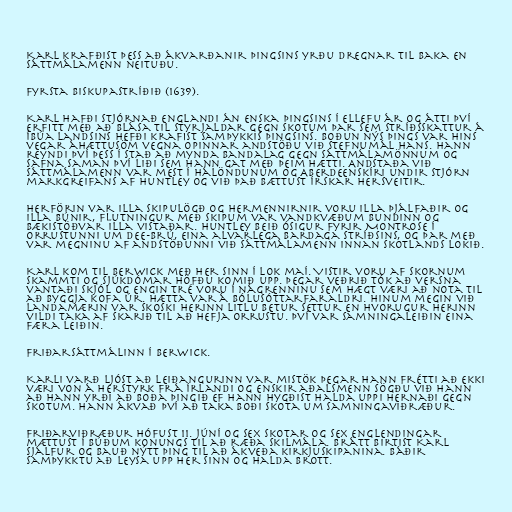
Karl krafðist þess að ákvarðanir þingsins yrðu dregnar til baka en
sáttmálamenn neituðu.

Fyrsta biskupastríðið (1639).

Karl hafði stjórnað Englandi án enska þingsins í ellefu ár og átti því
erfitt með að blása til styrjaldar gegn Skotum þar sem stríðsskattur á
íbúa landsins hefði krafist samþykkis þingsins. Boðun nýs þings var hins
vegar áhættusöm vegna opinnar andstöðu við stefnumál hans. Hann
reyndi því þess í stað að mynda bandalag gegn sáttmálamönnum og
safna saman því liði sem hann gat með þeim hætti. Andstaða við
sáttmálamenn var mest í hálöndunum og Aberdeenskíri undir stjórn
markgreifans af Huntley og við það bættust írskar hersveitir.

Herförin var illa skipulögð og hermennirnir voru illa þjálfaðir og
illa búnir, flutningur með skipum var vandkvæðum bundinn og
bækistöðvar illa vistaðar. Huntley beið ósigur fyrir Montrose í
orrustunni um Dee-brú, eina alvarlega bardaga stríðsins, og þar með
var megninu af andstöðunni við sáttmálamenn innan Skotlands lokið.

Karl kom til Berwick með her sinn í lok maí. Vistir voru af skornum
skammti og sjúkdómar höfðu komið upp. Þegar veðrið tók að versna
vantaði skjól og engin tré voru í nágrenninu sem hægt væri að nota til
að byggja kofa úr. Hætta var á bólusóttarfaraldri. Hinum megin við
landamærin var skoski herinn litlu betur settur en hvorugur herinn
vildi taka af skarið til að hefja orrustu. Því var samningaleiðin eina
færa leiðin.

Friðarsáttmálinn í Berwick.

Karli varð ljóst að leiðangurinn var mistök þegar hann frétti að ekki
væri von á herstyrk frá Írlandi og enskir aðalsmenn sögðu við hann
að hann yrði að boða þingið ef hann hygðist halda uppi hernaði gegn
Skotum. Hann ákvað því að taka boði Skota um samningaviðræður.

Friðarviðræður hófust 11. júní og sex Skotar og sex Englendingar
mættust í búðum konungs til að ræða skilmála. Brátt birtist Karl
sjálfur og bauð nýtt þing til að ákveða kirkjuskipanina. Báðir
samþykktu að leysa upp her sinn og halda brott.